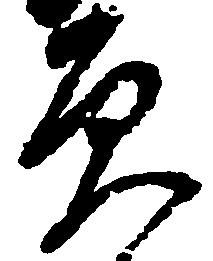
負